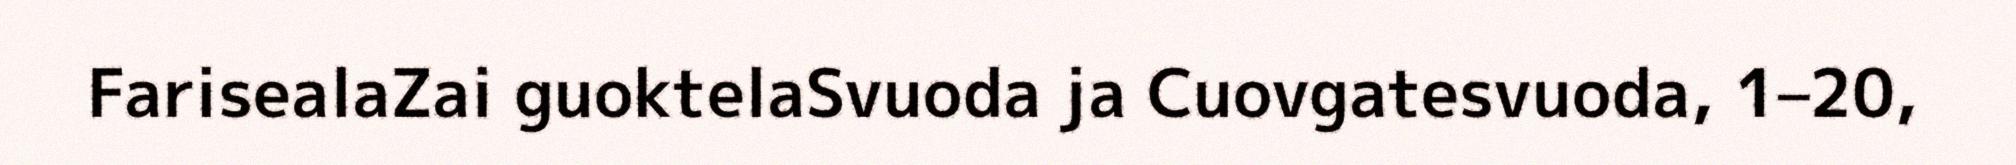
FarisealaZai guoktelaSvuoda ja Cuovgatesvuoda, 1–20,